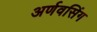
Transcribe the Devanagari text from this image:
अर्णवसिंग